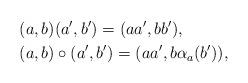
LaTeX: \begin{align*} &(a,b)(a',b')=(aa',bb'),\\ &(a,b)\circ(a',b')=(aa',b\alpha_a(b')), \end{align*}